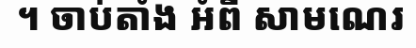
។ ចាប់តាំង អំពី សាមណេរ